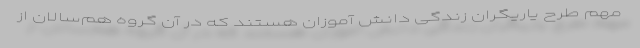
مهم طرح یاریگران زندگی دانش آموزان هستند که در آن گروه هم‌سالان از